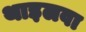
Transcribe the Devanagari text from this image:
थाइलवा